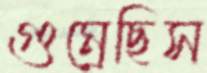
গুম্‌রেছিস